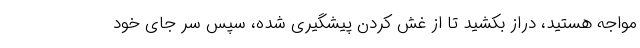
مواجه هستید، دراز بکشید تا از غش کردن پیشگیری شده، سپس سر جای خود